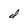
Character: d